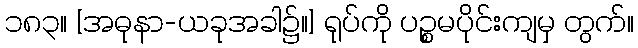
၁၈၃။ [အဓုနာ-ယခုအခါ၌။] ရုပ်ကို ပဉ္စမပိုင်းကျမှ တွက်။